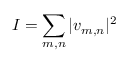
I = \sum _ { m , n } | v _ { m , n } | ^ { 2 }